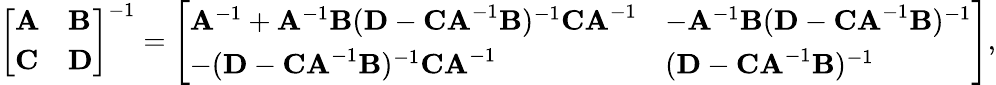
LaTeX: {\left[\begin{array}{ll}{\mathbf{A}}&{\mathbf{B}}\\ {\mathbf{C}}&{\mathbf{D}}\end{array}\right]}^{-1}={\left[\begin{array}{ll}{\mathbf{A}^{-1}+\mathbf{A}^{-1}\mathbf{B}(\mathbf{D}-\mathbf{CA}^{-1}\mathbf{B})^{-1}\mathbf{CA}^{-1}}&{-\mathbf{A}^{-1}\mathbf{B}(\mathbf{D}-\mathbf{CA}^{-1}\mathbf{B})^{-1}}\\ {-(\mathbf{D}-\mathbf{CA}^{-1}\mathbf{B})^{-1}\mathbf{CA}^{-1}}&{(\mathbf{D}-\mathbf{CA}^{-1}\mathbf{B})^{-1}}\end{array}\right]},